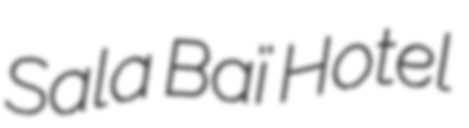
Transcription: Sala Baï Hotel